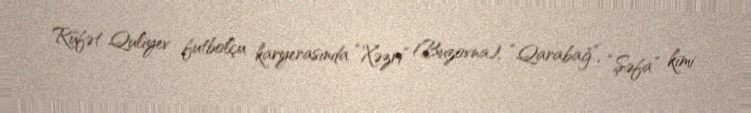
Rüfət Quliyev futbolçu karyerasında “Xəzri” (Buzovna), “Qarabağ”, “Şəfa” kimi